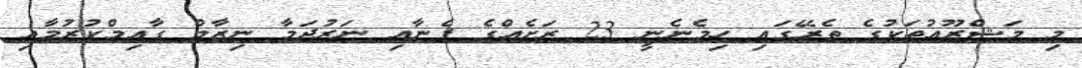
މި މަޝްރޫއުތަކުގެ ތެރޭގައި ހިމެނެނީ 23 ރަށެއްގެ ފެނާއި ނަރުދަމާ ނިޒާމް ގާއިމްކުރުމާއި